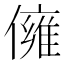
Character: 㒕